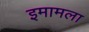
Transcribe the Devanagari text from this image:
इमामला